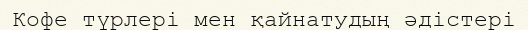
Кофе түрлері мен қайнатудың әдістері